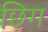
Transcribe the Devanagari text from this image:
छिग